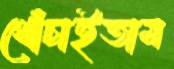
খোঁচাইতাম